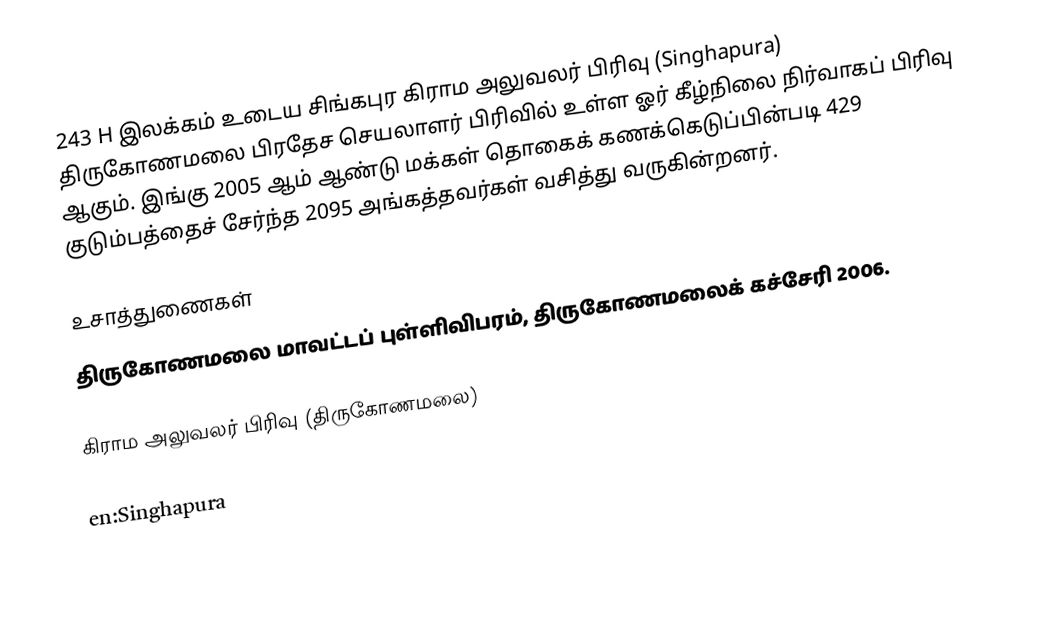
243 H இலக்கம்  உடைய சிங்கபுர கிராம அலுவலர் பிரிவு  (Singhapura) திருகோணமலை பிரதேச செயலாளர் பிரிவில் உள்ள ஓர் கீழ்நிலை நிர்வாகப் பிரிவு ஆகும். இங்கு 2005 ஆம் ஆண்டு மக்கள் தொகைக் கணக்கெடுப்பின்படி 429 குடும்பத்தைச் சேர்ந்த 2095 அங்கத்தவர்கள் வசித்து வருகின்றனர்.

உசாத்துணைகள்
திருகோணமலை மாவட்டப் புள்ளிவிபரம், திருகோணமலைக் கச்சேரி 2006.

கிராம அலுவலர் பிரிவு (திருகோணமலை)

en:Singhapura